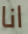
انا